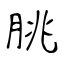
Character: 朓